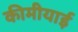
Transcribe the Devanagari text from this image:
कीमीयाई